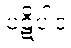
ပဋိပါဒံ